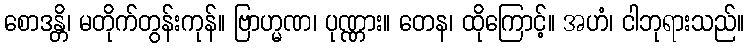
စောဒန္တိ၊ မတိုက်တွန်းကုန်။ ဗြာဟ္မဏ၊ ပုဏ္ဏား။ တေန၊ ထိုကြောင့်။ အဟံ၊ ငါဘုရားသည်။